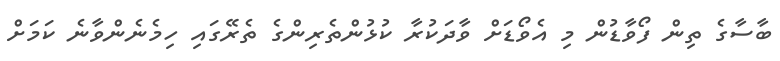
ބާސާގެ ތިން ފޯވާޑުން މި އެވޯޑަށް ވާދަކުރާ ކުޅުންތެރިންގެ ތެރޭގައި ހިމެނެންވާނެ ކަމަށް